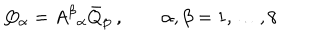
Q _ { \alpha } = { A ^ { \beta } } _ { \alpha } \bar { Q } _ { \beta } ~ , \qquad \alpha , \beta = 1 , \ldots , 8